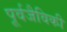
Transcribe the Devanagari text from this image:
पूर्वजैविकी